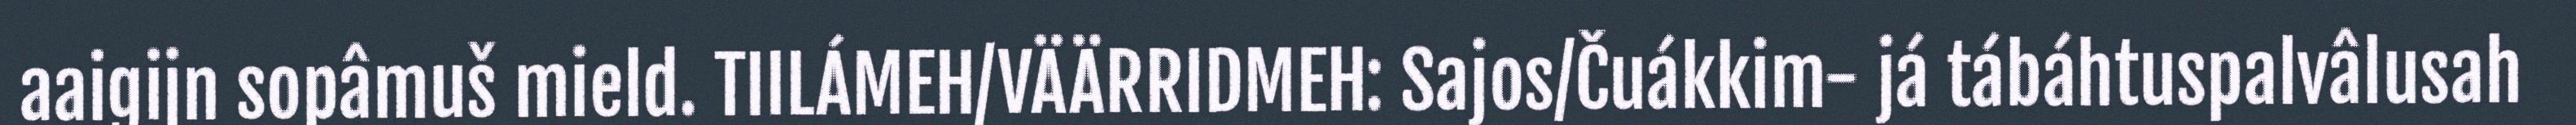
aaigijn sopâmuš mield. TIILÁMEH/VÄÄRRIDMEH: Sajos/Čuákkim- já tábáhtuspalvâlusah